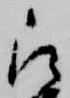
被